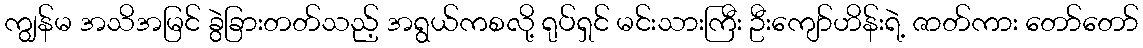
ကျွန်မ အသိအမြင် ခွဲခြားတတ်သည့် အရွယ်ကစလို့ ရုပ်ရှင် မင်းသားကြီး ဦးကျော်ဟိန်းရဲ့ ဇာတ်ကား တော်တော်